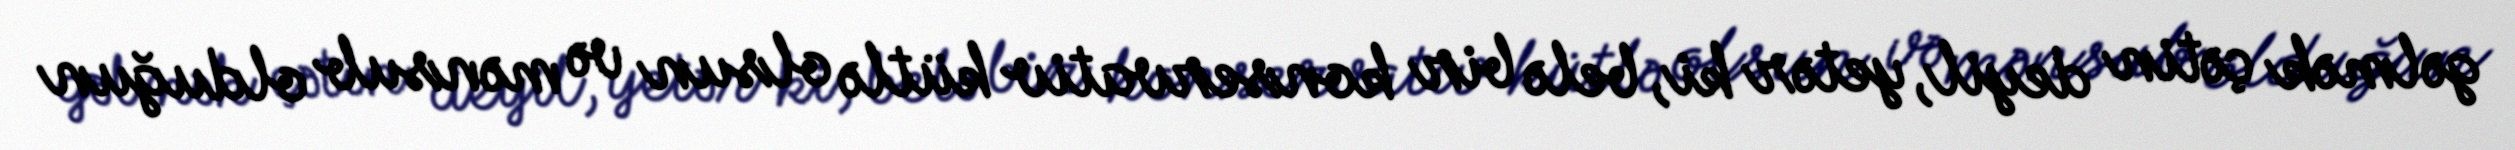
gəlmək çətin deyil, yetər ki, belə bir konservativ kütlə olsun və mənsub olduğun